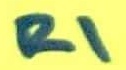
Text: R1